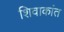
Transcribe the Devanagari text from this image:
शिवाकांत